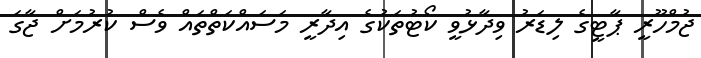
ޖުމްހޫރީ ޕާޓީގެ ލިޑަރު ވިދާޅުވީ ކޯޓުތަކުގެ އިދާރީ މަސައްކަތްތައް ވެސް ކުރުމަށް ޖާގަ